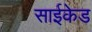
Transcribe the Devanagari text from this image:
साईकेड